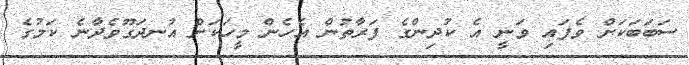
ސަބަބަކަށް ވެފައި ވަނީ އެ ކުދިންގެ ފަރާތުން އެހެން މީހަކަށް އުނދަގޫވެދާނެ ކަމުގެ